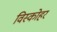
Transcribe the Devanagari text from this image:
विस्कोहर